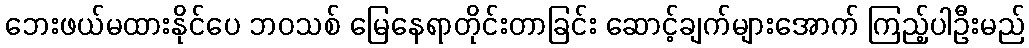
ဘေးဖယ်မထားနိုင်ပေ ဘဝသစ် မြေနေရာတိုင်းတာခြင်း ဆောင့်ချက်များအောက် ကြည့်ပါဦးမည်